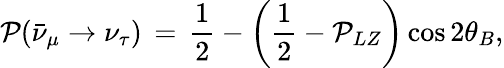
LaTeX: \mathcal{P}(\bar{{\nu}}_{\mu}\rightarrow\nu_{\tau})\, =\, \frac{{1}}{{2}}-\left(\frac{{1}}{{2}}-\mathcal{P}_{LZ}\right)\cos2\theta_{B},